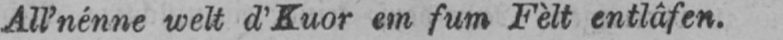
All’nénne welt d’Kuor em fum Fèlt entlâfen.